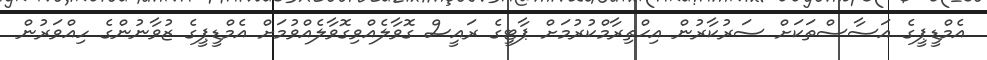
އެމްޑީޕީގެ އަސާސްތަކަށް ސަރުކާރުން އިޙްތިރާމްކުރުމަށް ޕާޓީގެ ރައީސް ގޮވާލެއްވިގޮވާލެއްވުމަށް އެމްޑީޕީގެ ޒުވާނުންގެ ހިއްވަރުން